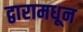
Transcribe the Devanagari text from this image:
द्वारामधून